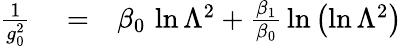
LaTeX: \begin{array}{rlr}{{\frac{1}{g_{0}^{2}}}}&{{}=}&{\beta_{0}\, \ln{\Lambda^{2}}+{\frac{\beta_{1}}{\beta_{0}}}\ln\left(\ln{\Lambda^{2}}\right)}\end{array}